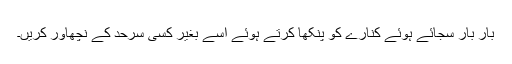
بار بار سجائے ہوئے کنارے کو پنکھا کرتے ہوئے اسے بغیر کسی سرحد کے نچھاور کریں۔